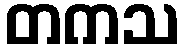
တကသ